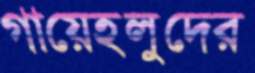
গায়েহলুদের